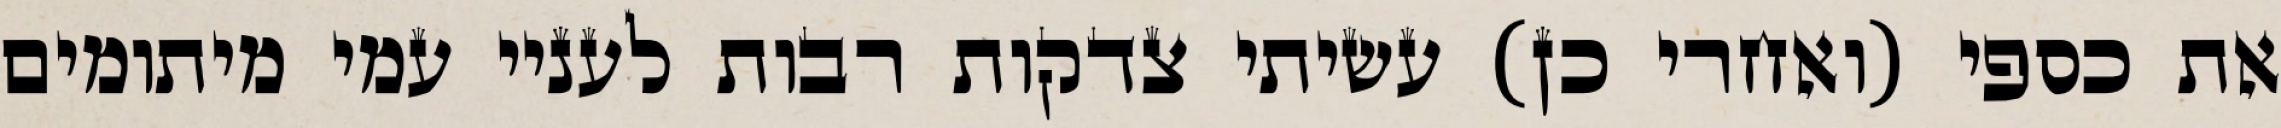
את כספי (ואחרי כן) עשיתי צדקות רבות לעניי עמי מיתומים